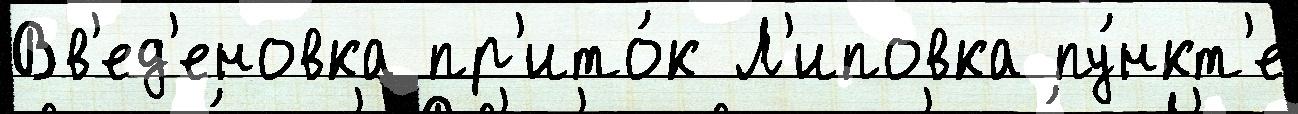
Вв'ед'еновка пр'ито́к Л'иповка пу́нкт'е